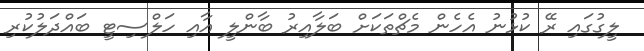
ލީގުގައި ރޭ ކުޅުނު އެހެން މެޗްތަކަށް ބަލާއިރު ބާންލީ އާއި ހަލްސިޓީ ބައްދަލުކުރި